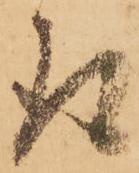
取